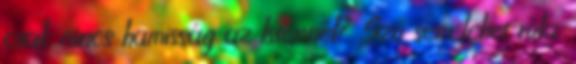
csak nincs hamisság az Istennél? Szó sem lehet róla.